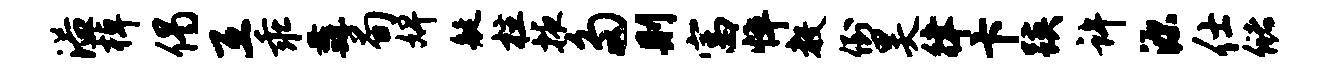
溢棹偈互乖纛荀婢艇柱掖多则富悴教倒昊律卞蹊许源仕储